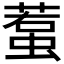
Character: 𧍷